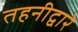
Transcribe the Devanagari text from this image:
तहनीद्वारे